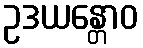
ဥဒယန္တောဝ